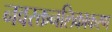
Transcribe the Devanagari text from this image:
नवरक्तनलिकाकरण